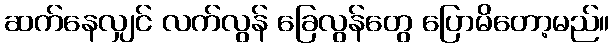
ဆက်နေလျှင် လက်လွန် ခြေလွန်တွေ ပြောမိတော့မည်။